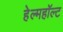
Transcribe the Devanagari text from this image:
हेल्महॉल्ट